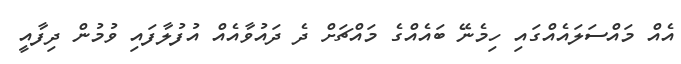
އެއް މައްސަލައެއްގައި ހިމެނޭ ބައެއްގެ މައްޗަށް ދެ ދައުވާއެއް އުފުލާފައި ވުމުން ދިފާއީ